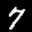
Label: 7